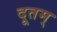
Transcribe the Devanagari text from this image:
दूतम्